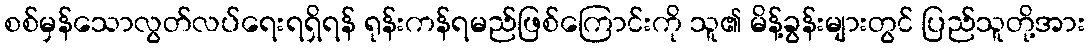
စစ်မှန်သောလွတ်လပ်ရေးရရှိရန် ရုန်းကန်ရမည်ဖြစ်ကြောင်းကို သူ၏ မိန့်ခွန်းများတွင် ပြည်သူတို့အား